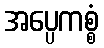
အပ္ပေကစ္စံ